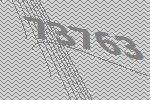
73763